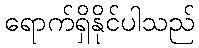
ရောက်ရှိနိုင်ပါသည်